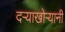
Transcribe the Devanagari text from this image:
दऱ्याखोऱ्यानी